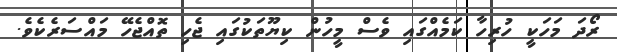
ރޯދަ މަހަކީ ހުރިހާ ކަމެއްގައި ވެސް މީހުން ކިޔޫތަކުގައި ޖެހި ތޮއްޖެހޭ މައްސަރެކެވެ.